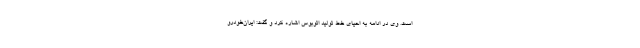
است. وی در ادامه به احیای خط تولید اتوبوس اشاره کرد و گفت: ایران‌خودرو